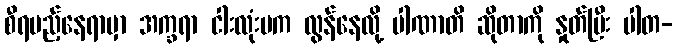
စီရမည့်နေရာမှာ အက္ခရာ ငါးလုံးမက လွန်နေလို့ ပါဏာတိ ဆိုတာကို နှုတ်ပြီး ပါတ-